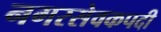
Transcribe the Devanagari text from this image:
नगरसेवकपदी